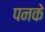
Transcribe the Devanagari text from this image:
पनके